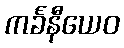
ကင်္ခနီယေဝ